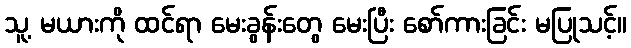
သူ့ မယားကို ထင်ရာ မေးခွန်းတွေ မေးပြီး စော်ကားခြင်း မပြုသင့်။